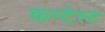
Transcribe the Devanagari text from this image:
कन्टेस्ट